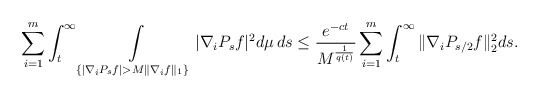
\begin{align*}\sum_{i=1}^m \int_t^{\infty} \int\limits_{\{ | \nabla_i P_s f | > M \|\nabla_i f \|_1 \}} |\nabla_i P_s f|^2 d\mu \, ds \leq \frac{e^{-ct}}{M^{\frac{1}{q(t)}}} \sum_{i=1}^m \int_t^{\infty} \|\nabla_i P_{s/2} f \|_2^2 ds.\end{align*}